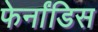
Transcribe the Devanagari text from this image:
फेर्नांडिस